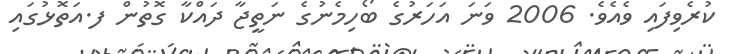
ކުރެވިފައި ވެއެވެ. 2006 ވަނަ އަހަރުގެ ބޯހިމެނުގެ ނަތީޖާ ދައްކާ ގޮތުން ފ.އަތޮޅުގައި